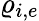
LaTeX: \varrho_{i,e}